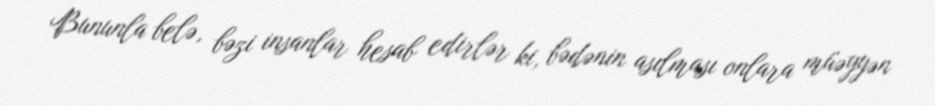
Bununla belə, bəzi insanlar hesab edirlər ki, bədənin asılması onlara müəyyən